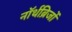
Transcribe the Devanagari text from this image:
नॉर्थब्रिजों